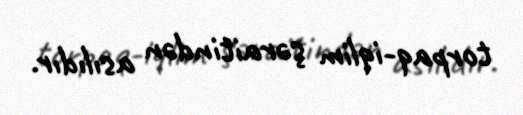
torpaq-iqlim şəraitindən asılıdır.